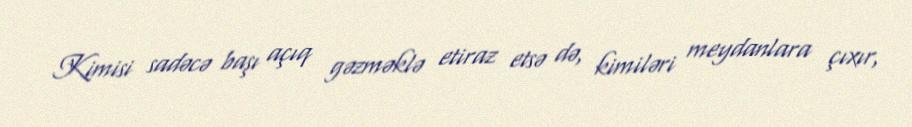
Kimisi sadəcə başı açıq gəzməklə etiraz etsə də, kimiləri meydanlara çıxır,